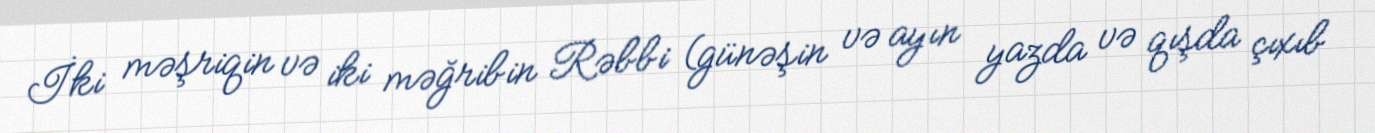
İki məşriqin və iki məğribin Rəbbi (günəşin və ayın yazda və qışda çıxıb